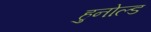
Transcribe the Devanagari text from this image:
हुनोल्ड